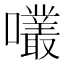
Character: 𡅇